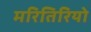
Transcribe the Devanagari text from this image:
मरितिरियो